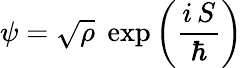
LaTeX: \psi={\sqrt{\rho}}\; \exp\left({\frac{i\, S}{\hbar}}\right)